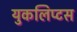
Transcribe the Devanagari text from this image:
युकलिप्टस